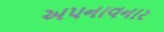
અપનાવનાર